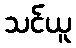
သင်ယူ